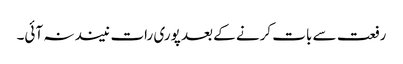
رفعت سے بات کرنے کے بعد پوری رات نیند نہ آئی۔